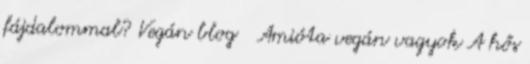
fájdalommal? Vegán blog Amióta vegán vagyok A hős